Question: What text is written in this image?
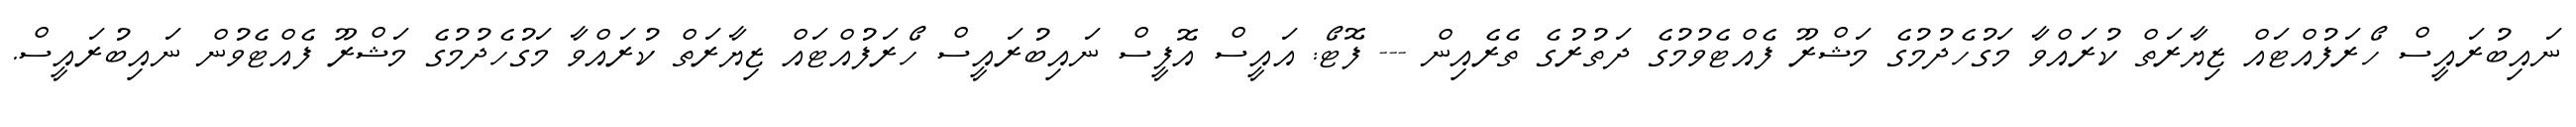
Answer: ނައިބުރައީސް ހޯރަފުއްޓައް ޒިޔާރަތް ކުރައްވާ މަގުހެދުމުގެ މަޝްރޫ ފެއްޓެވުމުގެ ދަތުރުގެ ތެރެއިން --- ފޮޓޯ: އައީސް އޮފީސް ނައިބުރައީސް ހޯރަފުއްޓައް ޒިޔާރަތް ކުރައްވާ މަގުހެދުމުގެ މަޝްރޫ ފެއްޓެވުން ނައިބުރައީސް.